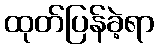
ထုတ်ပြန်ခဲ့ရာ